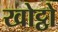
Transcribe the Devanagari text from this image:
खोट्ठो